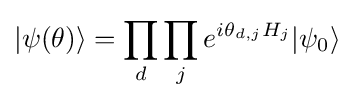
|\psi (\theta )\rangle =\prod _{d}\prod _{j}e^{i\theta _{d,j}H_{j}}|\psi _{0}\rangle